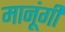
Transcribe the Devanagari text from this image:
मानूंगी